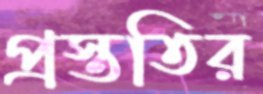
প্রস্ততির